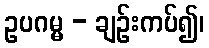
ဥပဂမ္မ - ချဉ်းကပ်၍၊